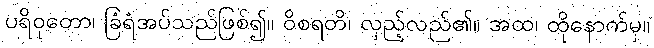
ပရိဝုတော၊ ခြံရံအပ်သည်ဖြစ်၍။ ဝိစရတိ၊ လှည့်လည်၏။ အထ၊ ထိုနောက်မှ။